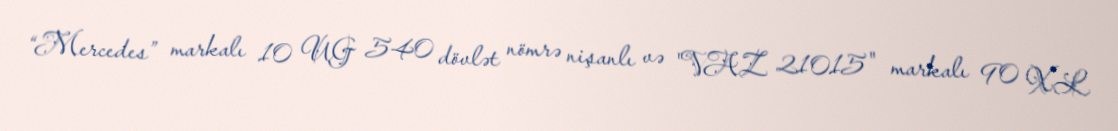
“Mercedes” markalı 10 UG 540 dövlət nömrə nişanlı və "VAZ 21015" markalı 90 XL